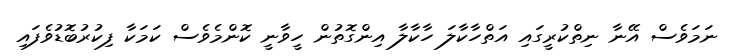
ނަމަވެސް އޭނާ ނިތްކުރީގައި އަތްހާކާލަ ހާކާލާ އިންގޮތުން ހީވާނީ ކޮންމެވެސް ކަމަކާ ފިކުރުބޮޑުވެފައި